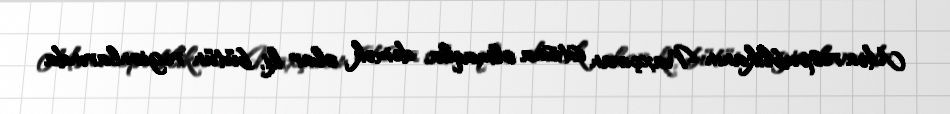
Mən respublikanın Naxçıvan istisna olmaqla, demək olar ki, bütün regionlarında